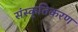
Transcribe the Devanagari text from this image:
संस्‍कृतिकरण